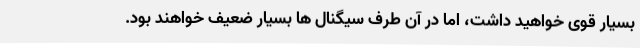
بسیار قوی خواهید داشت، اما در آن طرف سیگنال ها بسیار ضعیف خواهند بود.